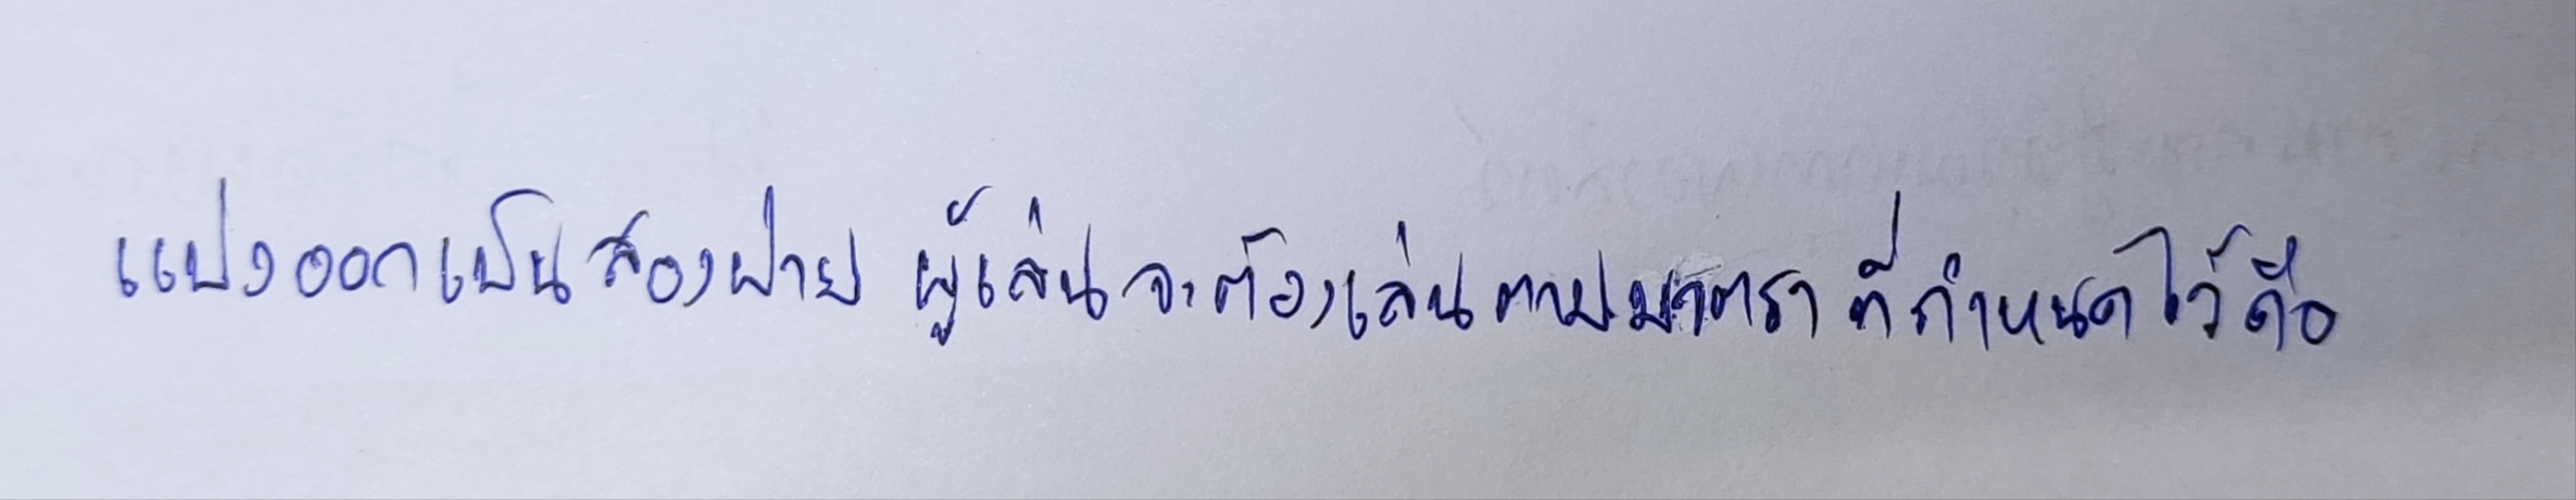
แบ่งออกเป็นสองฝ่ายผู้เล่นจะต้องเล่นตามมาตราที่กำหนดไว้คือ